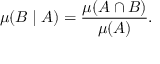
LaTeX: \mu ( B \mid A ) = { \frac { \mu ( A \cap B ) } { \mu ( A ) } } .